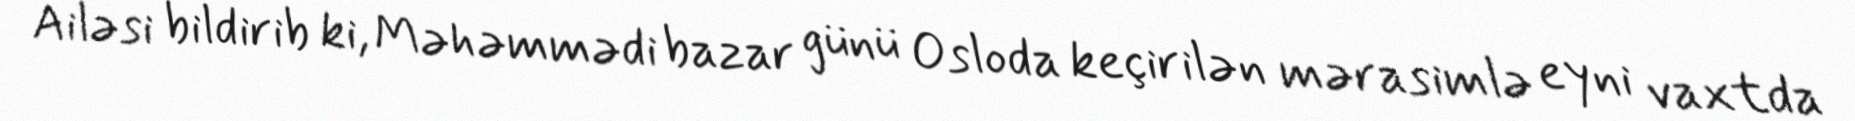
Ailəsi bildirib ki, Məhəmmədi bazar günü Osloda keçirilən mərasimlə eyni vaxtda